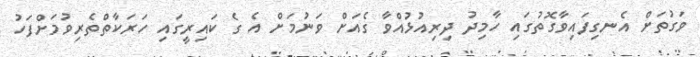
ވަގުތަށް އެނގިފައިވާގޮތުގައި ހާމިދު ދިރިއުޅުއްވާ ގެއަށް ވަނުމަށް އެ ގެ ކައިރީގައި ހަރަކާތްތެރިވުމަށްފަހު